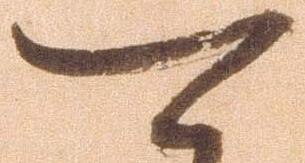
可